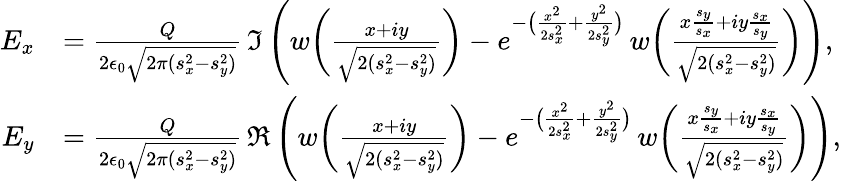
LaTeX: \begin{array}{rl}{E_{x}}&{=\frac{Q}{2\epsilon_{0}\sqrt{2\pi(s_{x}^{2}-s_{y}^{2})}}\, \Im\, \Bigg(w\bigg(\frac{x+iy}{\sqrt{2(s_{x}^{2}-s_{y}^{2})}}\bigg)-e^{-\big(\frac{x^{2}}{2s_{x}^{2}}+\frac{y^{2}}{2s_{y}^{2}}\big)}\, w\bigg(\frac{x\frac{s_{y}}{s_{x}}+iy\frac{s_{x}}{s_{y}}}{\sqrt{2(s_{x}^{2}-s_{y}^{2})}}\bigg)\Bigg),}\\ {E_{y}}&{=\frac{Q}{2\epsilon_{0}\sqrt{2\pi(s_{x}^{2}-s_{y}^{2})}}\, \Re\, \Bigg(w\bigg(\frac{x+iy}{\sqrt{2(s_{x}^{2}-s_{y}^{2})}}\bigg)-e^{-\big(\frac{x^{2}}{2s_{x}^{2}}+\frac{y^{2}}{2s_{y}^{2}}\big)}\, w\bigg(\frac{x\frac{s_{y}}{s_{x}}+iy\frac{s_{x}}{s_{y}}}{\sqrt{2(s_{x}^{2}-s_{y}^{2})}}\bigg)\Bigg),}\end{array}